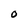
Character: O